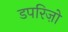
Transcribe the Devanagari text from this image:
डपरिज़ो